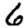
Digit: 6